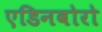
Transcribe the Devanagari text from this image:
एडिनबोरो